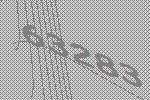
63283